Medical and sanitary report of the native army of Bengal for the year
Year: 1875
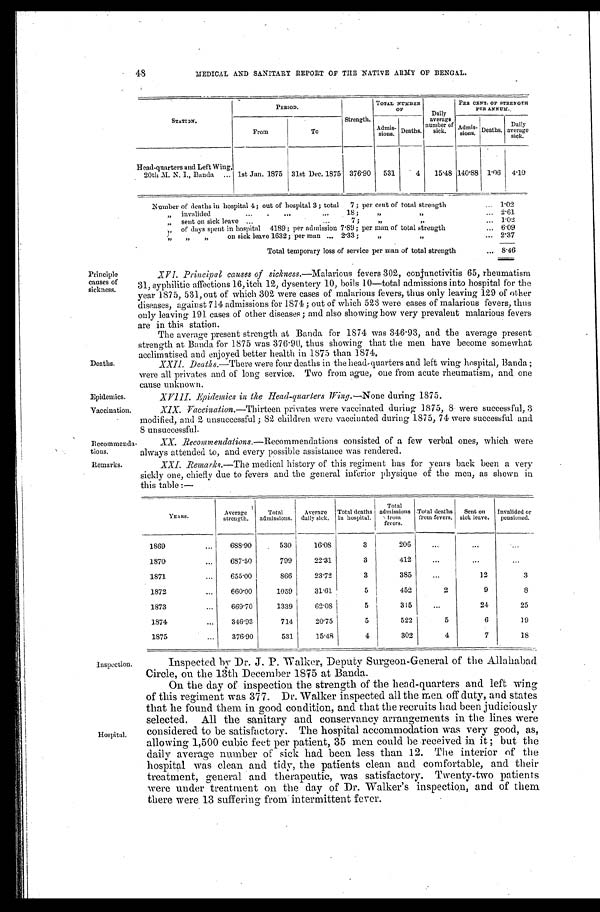
Recommenda-
tions.
Remarks.
48
MEDICAL AND SANITARY REPORT OF THE NATIVE ARMY OF BENGAL.
Principle
causes of
sickness.
Deaths.
Epidemics.
STATI ON.
PERIOD.
Strength.
TOTAL NUMBER
O F
Daily
average
number of
sick.
PER CENT OF STRENGTH
PER ANNUM.
From
To
Admis-
sions. Deaths.
Admis-
s i o n s .
Deaths.
Daily
average
sick.
Head-quarters and Left Wing,
20th M. N. I., Banda . . . 1st Jan. 1875 31st Dec. 1875 376.90
531
4
15.48 140.88 1.06
4.10
Number of deaths in hospital 4 ; out of hospital 3 ; total 7 ; per cent of total strength . . .
1.02
" i n v a l i d e d . . . 1 8 ; " " . . . 2.61
1.02
" of days spent in hospital 4189 ; per admission 7.89 ; per mam of total strength . . . 6.09
" " " on sick leave 1632 ; per man . . . 2.33 ; " " . . . 2.37
Total temporary loss of service per man of total strength . . . 8.46
XVI. Principal causes of sickness .—Malarious fevers 302, conjunctivitis 65, rheumatism
31, syphilitic affections 16, itch 12, dysentery 10, boils 10—total admissions into hospital for the
year 1875, 531, out of which 302 were cases of malarious fevers, thus only leaving 129 of other
diseases, against 714 admissions for 1874 ; out of which 523 were cases of malarious fevers, thus
only leaving 191 cases of other diseases ; and also showing how very prevalent malarious fevers
are in this station.
The average present strength at Banda for 1874 was 346.93, and the average present
strength at Banda for 1875 was 376.90, thus showing that the men have become somewhat
a c c l i m a t i s e d a n d e n j o y e d b e t t e r h e a l t h i n 1 8 7 5 t h a n 1 8 7 4 .
X X I I . D e a t h s . —
T h e r e w e r e f o u r d e a t h s i n t h e h e a d - q u a r t e r s a n d l e f t w i n g h o s p i t a l , B a n d a ;
were all privates and of long service. Two from ague, one from acute rheumatism, and one
cause unknown.
XVIII. Epidemics in the Head-quarters Wing.— None during 1875.
Vaccination.
XIX.Vaccination.— Thirteen privates were vaccinated during 1875, 8 were successful, 3
modified, and 2 unsuccessful ; 82 children were vaccinated during 1875, 74 were successful and
8 unsuccessful.
XX. Recommendations.— Recommendations consisted of a few verbal ones, which were
always attended to, and every possible assistance was rendered.
XXI. Remarks.— The medical history of this regiment has for years back been a very
sickly one, chiefly due to fevers and the general inferior physique of the men, as shown in
this table :—
Y E A R S .
Average
strength.
Total
admissions.
Average
daily sick.
Total deaths
in hospital.
Total
admissions
from
fevers.
Total deaths
from fevers.
Sent on
sick leave.
Invalided or
pensioned.
1869 . . .
6 8 8 . 9 0
530
16.08
3
206
. . .
. . .
. . .
1870 . . .
687.50
799
22.31
3
412
. . .
. . .
. . .
1871 . . .
655.00
866
23.72
3
385
. . .
12
3
1872. . .
660.00
1059
31.61
5
452
2
9
8
1873. . .
669.70
1339
62.08
5
315
. . .
24
25
1874 . . .
346.93
714
20.75
5
522
5
6
19
1875 . . .
376.90
531
15.48
4
302
4
7
18
Inspection.
Hospital.
Inspected by Dr. J. P. Walker, Deputy Surgeon-General of the Allahabad
Circle, on the 13th December 1875 at Banda.
On the day of inspection the strength of the head-quarters and left wing
of this regiment was 377. Dr. Walker inspected all the men off duty, and states
that he found them in good condition, and that the recruits had been judiciously
selected. All the sanitary and conservancy arrangements in the lines were
considered to be satisfactory. The hospital accommodation was very good, as,
allowing 1,500 cubic feet per patient, 35 men could be received in it ; but the
daily average number of sick had. been less than 12. The interior of the
hospital was clean and tidy, the patients clean and comfortable, and their
treatment, general and therapeutic, was satisfactory. Twenty-two patients
were under treatment on the day of Dr. Walker's inspection, and of them
there were 13 suffering from intermittent fever.